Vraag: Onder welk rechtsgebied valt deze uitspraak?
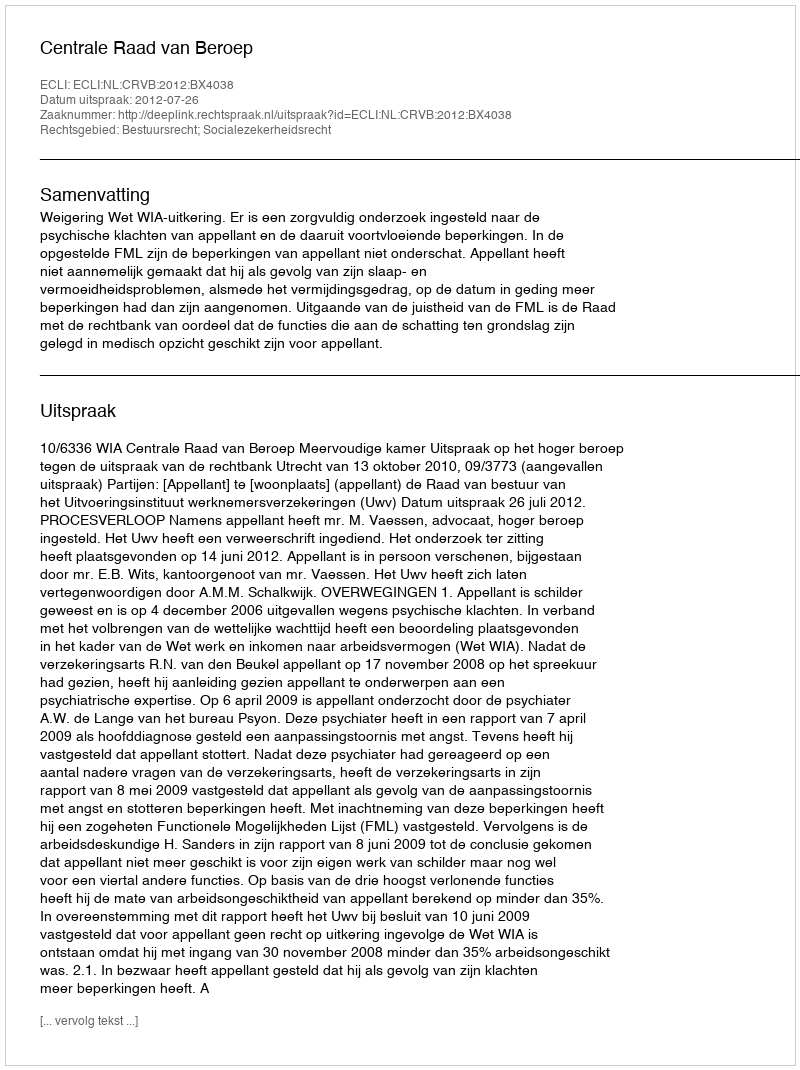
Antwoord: Bestuursrecht; Socialezekerheidsrecht